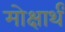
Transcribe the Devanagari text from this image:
मोक्षार्थं